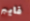
فايبر